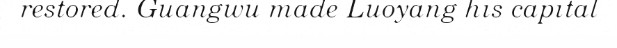
restored. Guangwu made Luoyang his capital